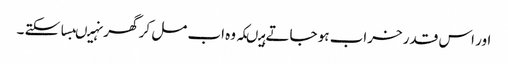
اور اس قدر خراب ہو جاتے ہیںکہ وہ اب مل کر گھر نہیںبسا سکتے ۔